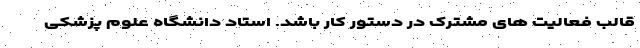
قالب فعالیت های مشترک در دستور کار باشد. استاد دانشگاه علوم پزشکی